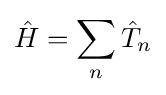
{\hat {H}}=\sum _{n}{\hat {T}}_{n}